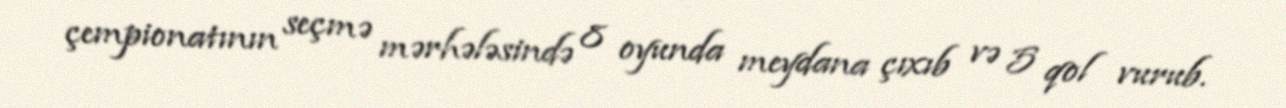
çempionatının seçmə mərhələsində 8 oyunda meydana çıxıb və 5 qol vurub.